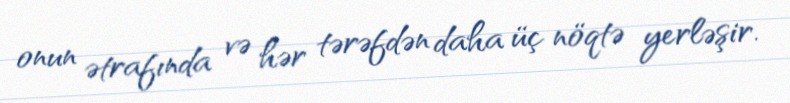
onun ətrafında və hər tərəfdən daha üç nöqtə yerləşir.